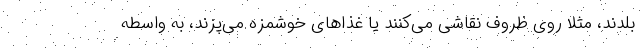
بلدند، مثلا روی ظروف نقاشی می‌کنند یا غذاهای خوشمزه می‌پزند، به واسطه